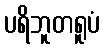
ပရိဘူတရူပံ